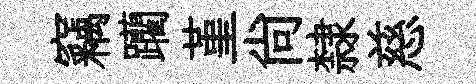
竊躪堇尙隸慈